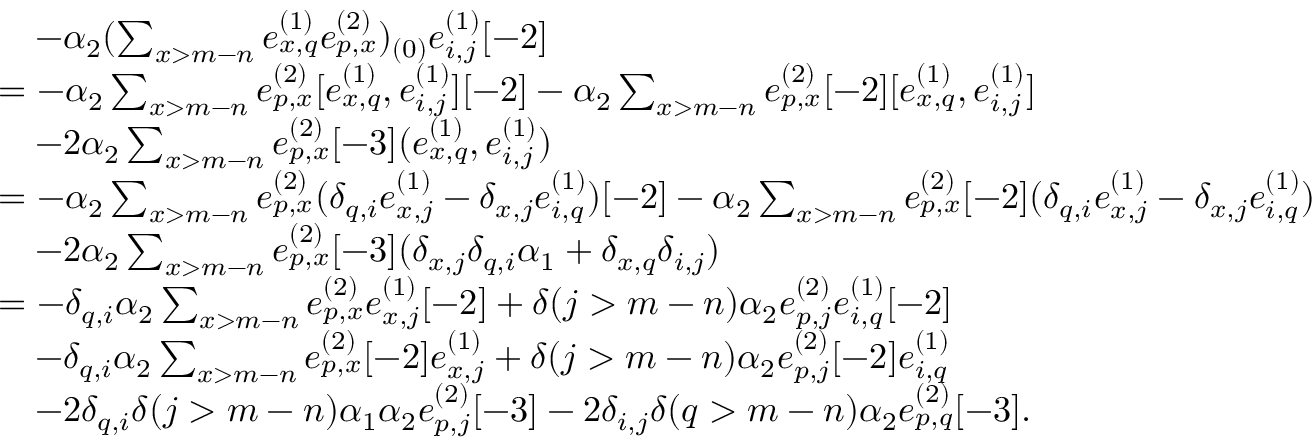
\begin{array} { r l } & { \quad - \alpha _ { 2 } ( \sum _ { x > m - n } e _ { x , q } ^ { ( 1 ) } e _ { p , x } ^ { ( 2 ) } ) _ { ( 0 ) } e _ { i , j } ^ { ( 1 ) } [ - 2 ] } \\ & { = - \alpha _ { 2 } \sum _ { x > m - n } e _ { p , x } ^ { ( 2 ) } [ e _ { x , q } ^ { ( 1 ) } , e _ { i , j } ^ { ( 1 ) } ] [ - 2 ] - \alpha _ { 2 } \sum _ { x > m - n } e _ { p , x } ^ { ( 2 ) } [ - 2 ] [ e _ { x , q } ^ { ( 1 ) } , e _ { i , j } ^ { ( 1 ) } ] } \\ & { \quad - 2 \alpha _ { 2 } \sum _ { x > m - n } e _ { p , x } ^ { ( 2 ) } [ - 3 ] ( e _ { x , q } ^ { ( 1 ) } , e _ { i , j } ^ { ( 1 ) } ) } \\ & { = - \alpha _ { 2 } \sum _ { x > m - n } e _ { p , x } ^ { ( 2 ) } ( \delta _ { q , i } e _ { x , j } ^ { ( 1 ) } - \delta _ { x , j } e _ { i , q } ^ { ( 1 ) } ) [ - 2 ] - \alpha _ { 2 } \sum _ { x > m - n } e _ { p , x } ^ { ( 2 ) } [ - 2 ] ( \delta _ { q , i } e _ { x , j } ^ { ( 1 ) } - \delta _ { x , j } e _ { i , q } ^ { ( 1 ) } ) } \\ & { \quad - 2 \alpha _ { 2 } \sum _ { x > m - n } e _ { p , x } ^ { ( 2 ) } [ - 3 ] ( \delta _ { x , j } \delta _ { q , i } \alpha _ { 1 } + \delta _ { x , q } \delta _ { i , j } ) } \\ & { = - \delta _ { q , i } \alpha _ { 2 } \sum _ { x > m - n } e _ { p , x } ^ { ( 2 ) } e _ { x , j } ^ { ( 1 ) } [ - 2 ] + \delta ( j > m - n ) \alpha _ { 2 } e _ { p , j } ^ { ( 2 ) } e _ { i , q } ^ { ( 1 ) } [ - 2 ] } \\ & { \quad - \delta _ { q , i } \alpha _ { 2 } \sum _ { x > m - n } e _ { p , x } ^ { ( 2 ) } [ - 2 ] e _ { x , j } ^ { ( 1 ) } + \delta ( j > m - n ) \alpha _ { 2 } e _ { p , j } ^ { ( 2 ) } [ - 2 ] e _ { i , q } ^ { ( 1 ) } } \\ & { \quad - 2 \delta _ { q , i } \delta ( j > m - n ) \alpha _ { 1 } \alpha _ { 2 } e _ { p , j } ^ { ( 2 ) } [ - 3 ] - 2 \delta _ { i , j } \delta ( q > m - n ) \alpha _ { 2 } e _ { p , q } ^ { ( 2 ) } [ - 3 ] . } \end{array}